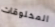
المخلوقات